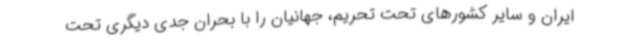
ایران و سایر کشورهای تحت تحریم، جهانیان را با بحران جدی دیگری تحت